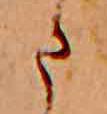
ま